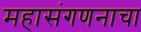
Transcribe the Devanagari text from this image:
महासंगणनाचा